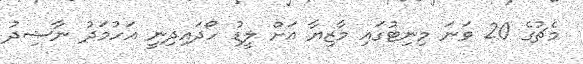
މެޗުގެ 20 ވަނަ މިނިޓުގައި މާޒިޔާ އަށް ލީޑު ހޯދައިދިނީ އަހުމަދު ނާޝިދު